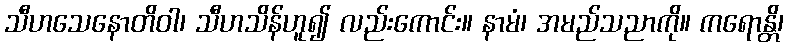
သီဟသေနောတိဝါ၊ သီဟသိန်ဟူ၍ လည်းကောင်း။ နာမံ၊ အမည်သညာကို။ ကရောန္တိ၊